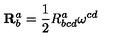
\mathbf { R } _ { b } ^ { a } = \frac { 1 } { 2 } R _ { b c d } ^ { a } \mathbf { \omega } ^ { c d }